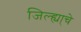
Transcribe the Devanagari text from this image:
जिल्ह्या्चे